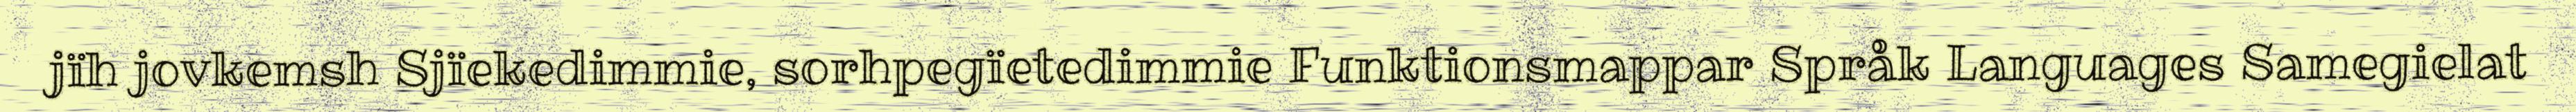
jïh jovkemsh Sjïekedimmie, sorhpegïetedimmie Funktionsmappar Språk Languages Samegielat